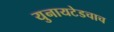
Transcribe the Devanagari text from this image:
युनायटेडचाच